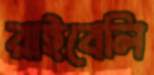
রাইবেলি